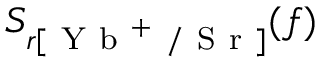
S _ { r [ \mathrm { ~ Y ~ b ~ } ^ { + } \mathrm { ~ / ~ S ~ r ~ } ] } ( f )